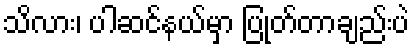
သိလား၊ ပါဆင်နယ်မှာ ပြုတ်တာချည်းပဲ